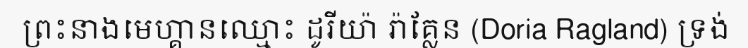
ព្រះនាងមេហ្គានឈ្មោះ ដូរីយ៉ា រ៉ាគ្លែន (Doria Ragland) ទ្រង់